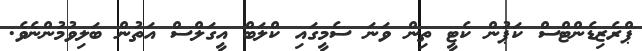
ޕްރެޒިޑެންޓްސް ކަޕުން ކެޓީ ތިން ވަނަ ސެމީގައި ކްލަބް އީގަލްސް އަތުން ބަލިވުމުންނެވެ.